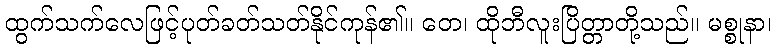
ထွက်သက်လေဖြင့်ပုတ်ခတ်သတ်နိုင်ကုန်၏။ တေ၊ ထိုဘီလူးပြိတ္တာတို့သည်။ မစ္စုနာ၊